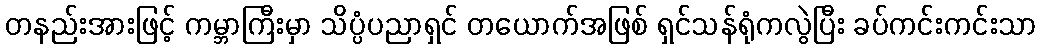
တနည်းအားဖြင့် ကမ္ဘာကြီးမှာ သိပ္ပံပညာရှင် တယောက်အဖြစ် ရှင်သန်ရုံကလွဲပြီး ခပ်ကင်းကင်းသာ